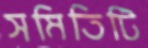
সমিতিটি